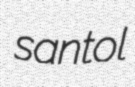
santol